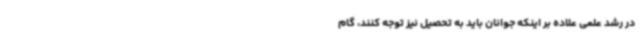
در رشد علمی علاده بر اینکه جوانان باید به تحصیل نیز توجه کنند، گام